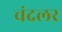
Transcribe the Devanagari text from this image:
चंदलर